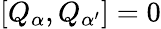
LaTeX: [Q_{\alpha},Q_{\alpha^{\prime}}]=0